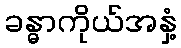
ခန္ဓာကိုယ်အနှံ့